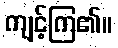
ကျင့်ကြ၏။